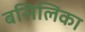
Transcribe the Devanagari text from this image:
बसिलिका